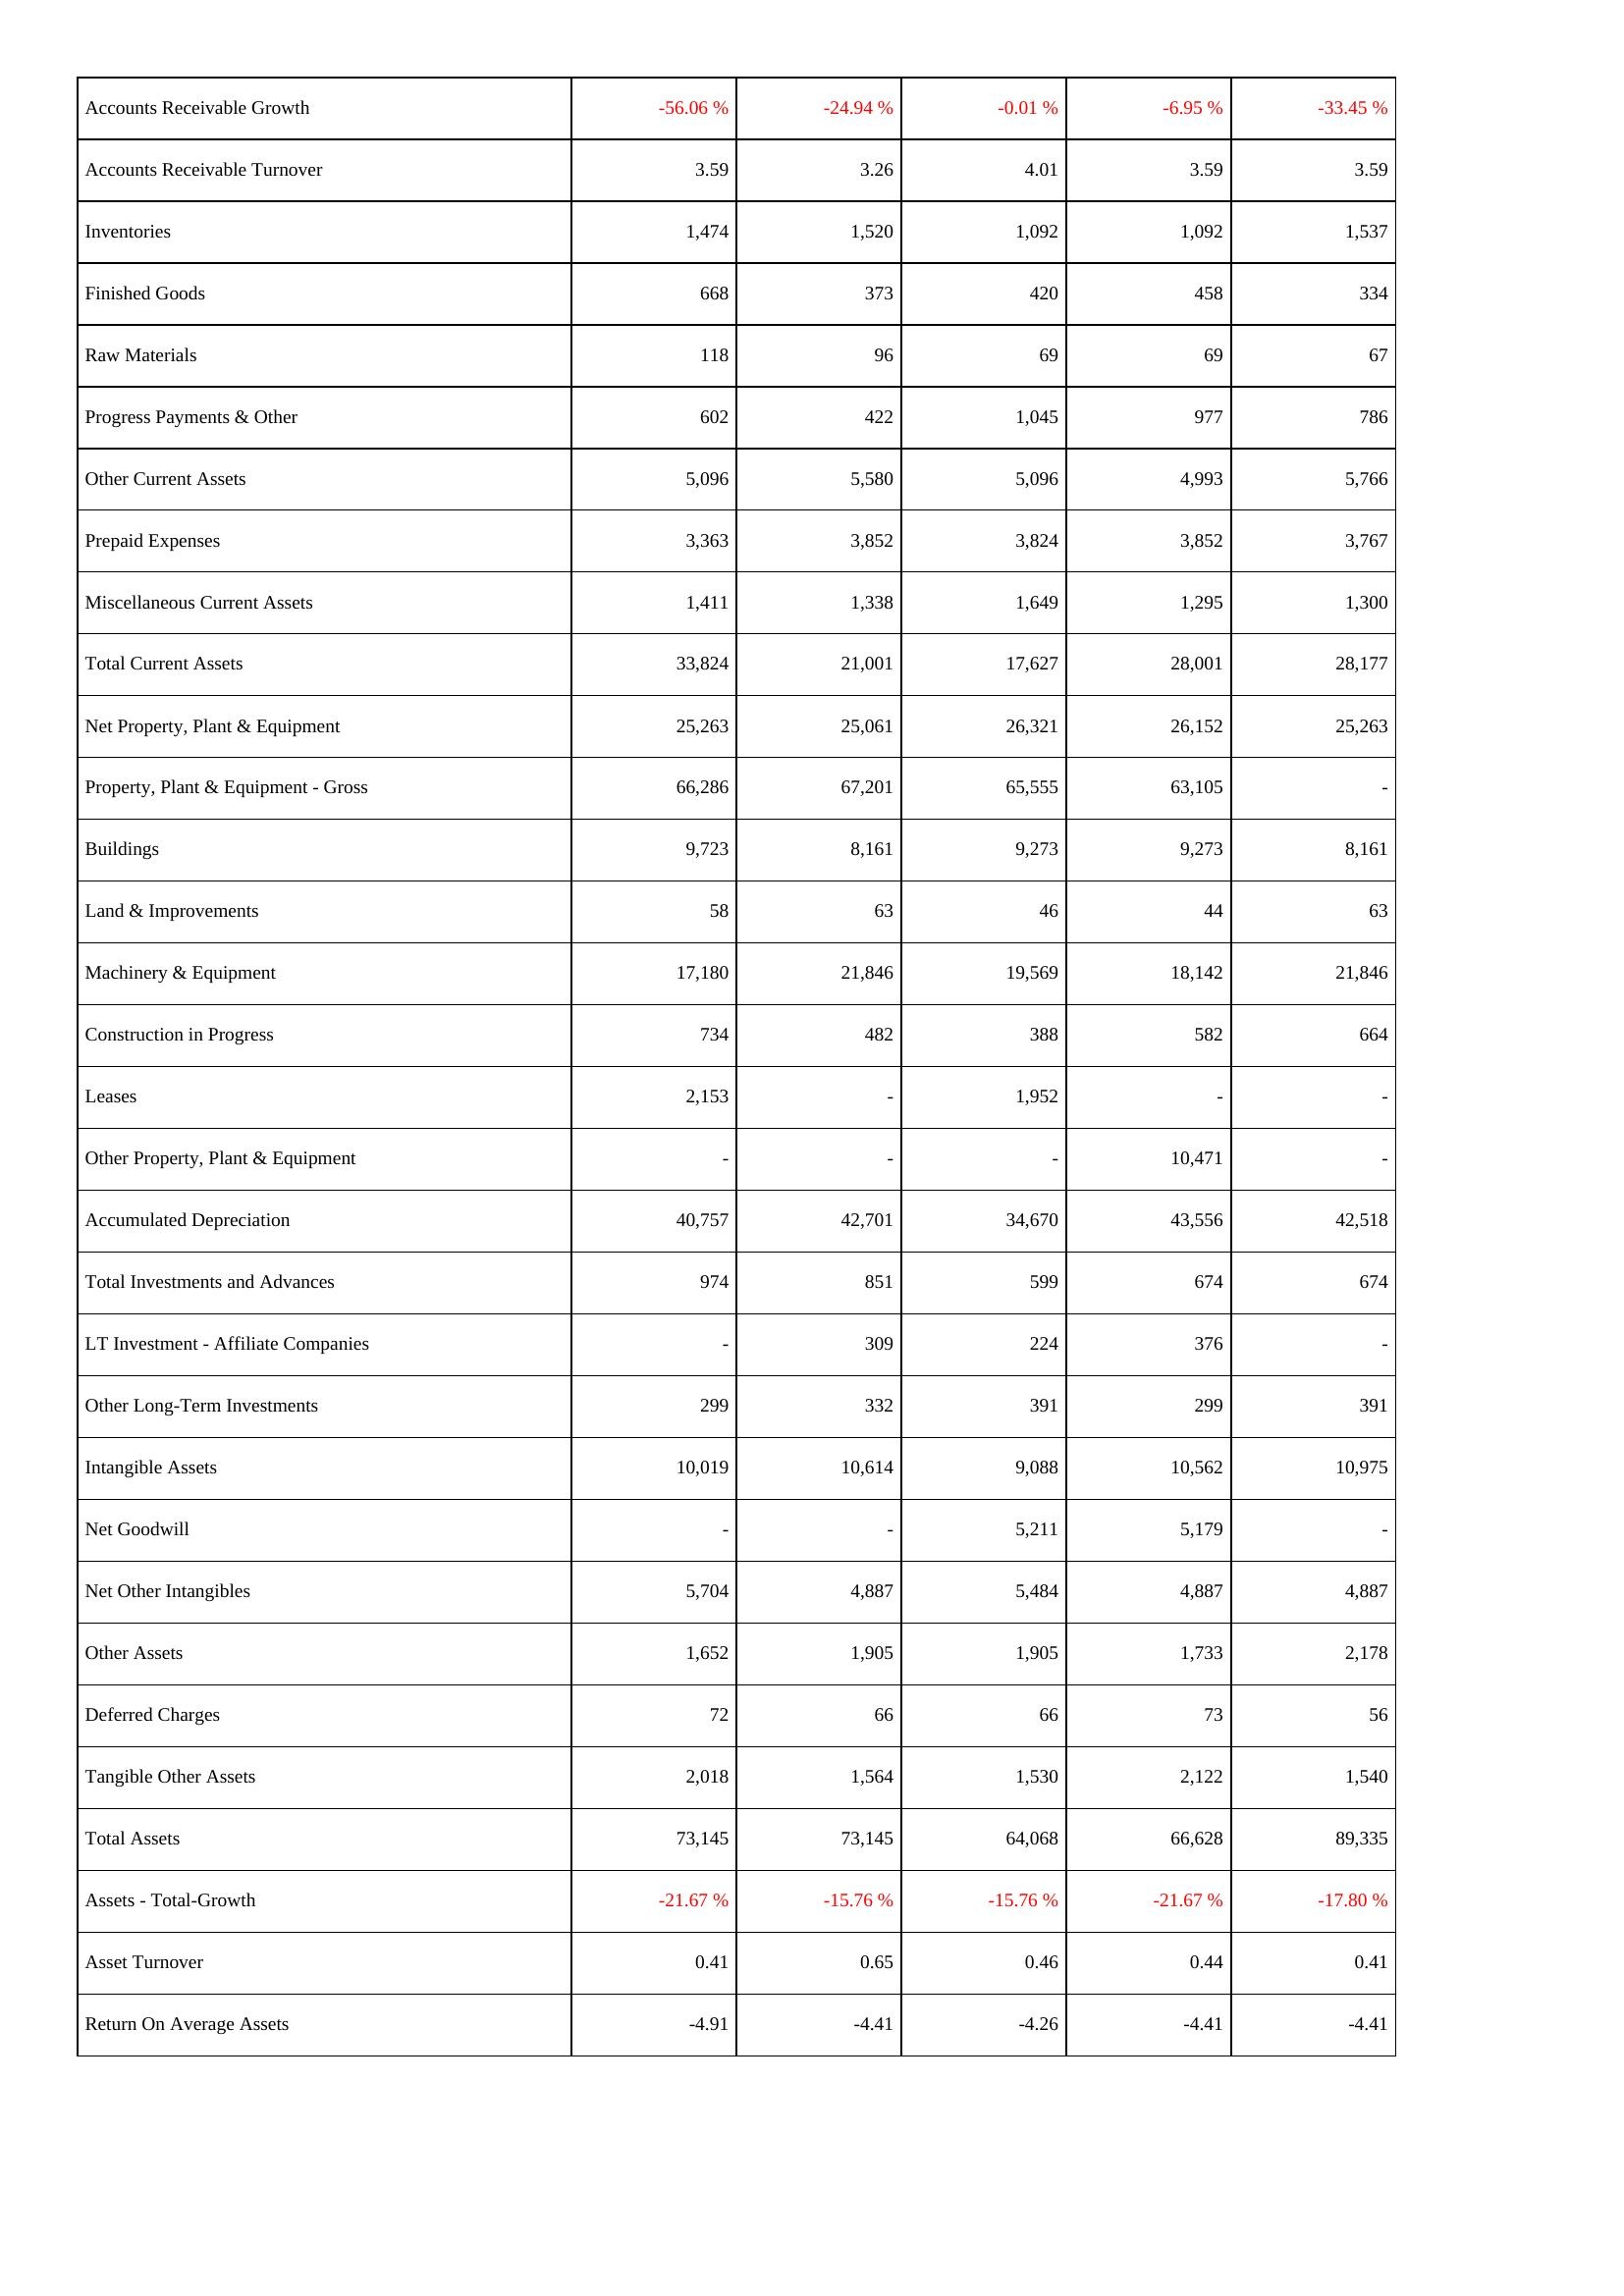
2022: Assets: Accounts Receivable Growth: -56.06 %
Accounts Receivable Turnover: 3.59
Inventories: 1,474
Finished Goods: 668
Raw Materials: 118
Progress Payments & Other: 602
Other Current Assets: 5,096
Prepaid Expenses: 3,363
Miscellaneous Current Assets: 1,411
Total Current Assets: 33,824
Net Property, Plant & Equipment: 25,263
Property, Plant & Equipment - Gross: 66,286
Buildings: 9,723
Land & Improvements: 58
Machinery & Equipment: 17,180
Construction in Progress: 734
Leases: 2,153
Other Property, Plant & Equipment: -
Accumulated Depreciation: 40,757
Total Investments and Advances: 974
LT Investment - Affiliate Companies: -
Other Long-Term Investments: 299
Intangible Assets: 10,019
Net Goodwill: -
Net Other Intangibles: 5,704
Other Assets: 1,652
Deferred Charges: 72
Tangible Other Assets: 2,018
Total Assets: 73,145
Assets - Total-Growth: -21.67 %
Asset Turnover: 0.41
Return On Average Assets: -4.91
2023: Assets: Accounts Receivable Growth: -24.94 %
Accounts Receivable Turnover: 3.26
Inventories: 1,520
Finished Goods: 373
Raw Materials: 96
Progress Payments & Other: 422
Other Current Assets: 5,580
Prepaid Expenses: 3,852
Miscellaneous Current Assets: 1,338
Total Current Assets: 21,001
Net Property, Plant & Equipment: 25,061
Property, Plant & Equipment - Gross: 67,201
Buildings: 8,161
Land & Improvements: 63
Machinery & Equipment: 21,846
Construction in Progress: 482
Leases: -
Other Property, Plant & Equipment: -
Accumulated Depreciation: 42,701
Total Investments and Advances: 851
LT Investment - Affiliate Companies: 309
Other Long-Term Investments: 332
Intangible Assets: 10,614
Net Goodwill: -
Net Other Intangibles: 4,887
Other Assets: 1,905
Deferred Charges: 66
Tangible Other Assets: 1,564
Total Assets: 73,145
Assets - Total-Growth: -15.76 %
Asset Turnover: 0.65
Return On Average Assets: -4.41
2024: Assets: Accounts Receivable Growth: -0.01 %
Accounts Receivable Turnover: 4.01
Inventories: 1,092
Finished Goods: 420
Raw Materials: 69
Progress Payments & Other: 1,045
Other Current Assets: 5,096
Prepaid Expenses: 3,824
Miscellaneous Current Assets: 1,649
Total Current Assets: 17,627
Net Property, Plant & Equipment: 26,321
Property, Plant & Equipment - Gross: 65,555
Buildings: 9,273
Land & Improvements: 46
Machinery & Equipment: 19,569
Construction in Progress: 388
Leases: 1,952
Other Property, Plant & Equipment: -
Accumulated Depreciation: 34,670
Total Investments and Advances: 599
LT Investment - Affiliate Companies: 224
Other Long-Term Investments: 391
Intangible Assets: 9,088
Net Goodwill: 5,211
Net Other Intangibles: 5,484
Other Assets: 1,905
Deferred Charges: 66
Tangible Other Assets: 1,530
Total Assets: 64,068
Assets - Total-Growth: -15.76 %
Asset Turnover: 0.46
Return On Average Assets: -4.26
2025: Assets: Accounts Receivable Growth: -6.95 %
Accounts Receivable Turnover: 3.59
Inventories: 1,092
Finished Goods: 458
Raw Materials: 69
Progress Payments & Other: 977
Other Current Assets: 4,993
Prepaid Expenses: 3,852
Miscellaneous Current Assets: 1,295
Total Current Assets: 28,001
Net Property, Plant & Equipment: 26,152
Property, Plant & Equipment - Gross: 63,105
Buildings: 9,273
Land & Improvements: 44
Machinery & Equipment: 18,142
Construction in Progress: 582
Leases: -
Other Property, Plant & Equipment: 10,471
Accumulated Depreciation: 43,556
Total Investments and Advances: 674
LT Investment - Affiliate Companies: 376
Other Long-Term Investments: 299
Intangible Assets: 10,562
Net Goodwill: 5,179
Net Other Intangibles: 4,887
Other Assets: 1,733
Deferred Charges: 73
Tangible Other Assets: 2,122
Total Assets: 66,628
Assets - Total-Growth: -21.67 %
Asset Turnover: 0.44
Return On Average Assets: -4.41
2026: Assets: Accounts Receivable Growth: -33.45 %
Accounts Receivable Turnover: 3.59
Inventories: 1,537
Finished Goods: 334
Raw Materials: 67
Progress Payments & Other: 786
Other Current Assets: 5,766
Prepaid Expenses: 3,767
Miscellaneous Current Assets: 1,300
Total Current Assets: 28,177
Net Property, Plant & Equipment: 25,263
Property, Plant & Equipment - Gross: -
Buildings: 8,161
Land & Improvements: 63
Machinery & Equipment: 21,846
Construction in Progress: 664
Leases: -
Other Property, Plant & Equipment: -
Accumulated Depreciation: 42,518
Total Investments and Advances: 674
LT Investment - Affiliate Companies: -
Other Long-Term Investments: 391
Intangible Assets: 10,975
Net Goodwill: -
Net Other Intangibles: 4,887
Other Assets: 2,178
Deferred Charges: 56
Tangible Other Assets: 1,540
Total Assets: 89,335
Assets - Total-Growth: -17.80 %
Asset Turnover: 0.41
Return On Average Assets: -4.41